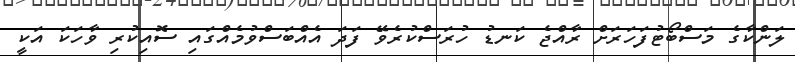
ލަންކާގެ މަސްބޯޓުފަހަރަށް ރާއްޖެ ކަނޑު ހުރަސްކުރެވޭ ފަދަ އެއްބަސްވުމެއްގައި ސޮއިކުރި ވާހަކަ އަކީ